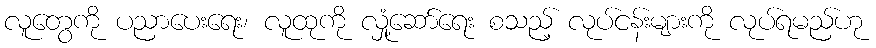
လူတွေကို ပညာပေးရေး၊ လူထုကို လှုံ့ဆော်ရေး စသည့် လုပ်ငန်းများကို လုပ်ရမည်ဟု